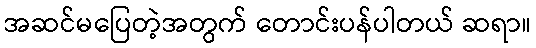
အဆင်မပြေတဲ့အတွက် တောင်းပန်ပါတယ် ဆရာ။